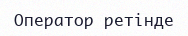
Оператор ретінде